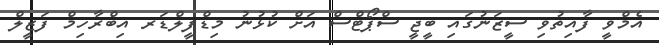
އެމްވީ ފާއިތުވި ސީޒަނުގައި ބީޖީ ސްޕޯޓްސް އަށް ކުޅުނު މިޑްފީލްޑަރ އިބްރާހިމް ފަޒީލް